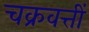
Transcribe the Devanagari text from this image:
चक्रवत्तीं